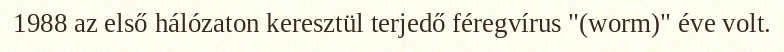
1988 az első hálózaton keresztül terjedő féregvírus "(worm)" éve volt.